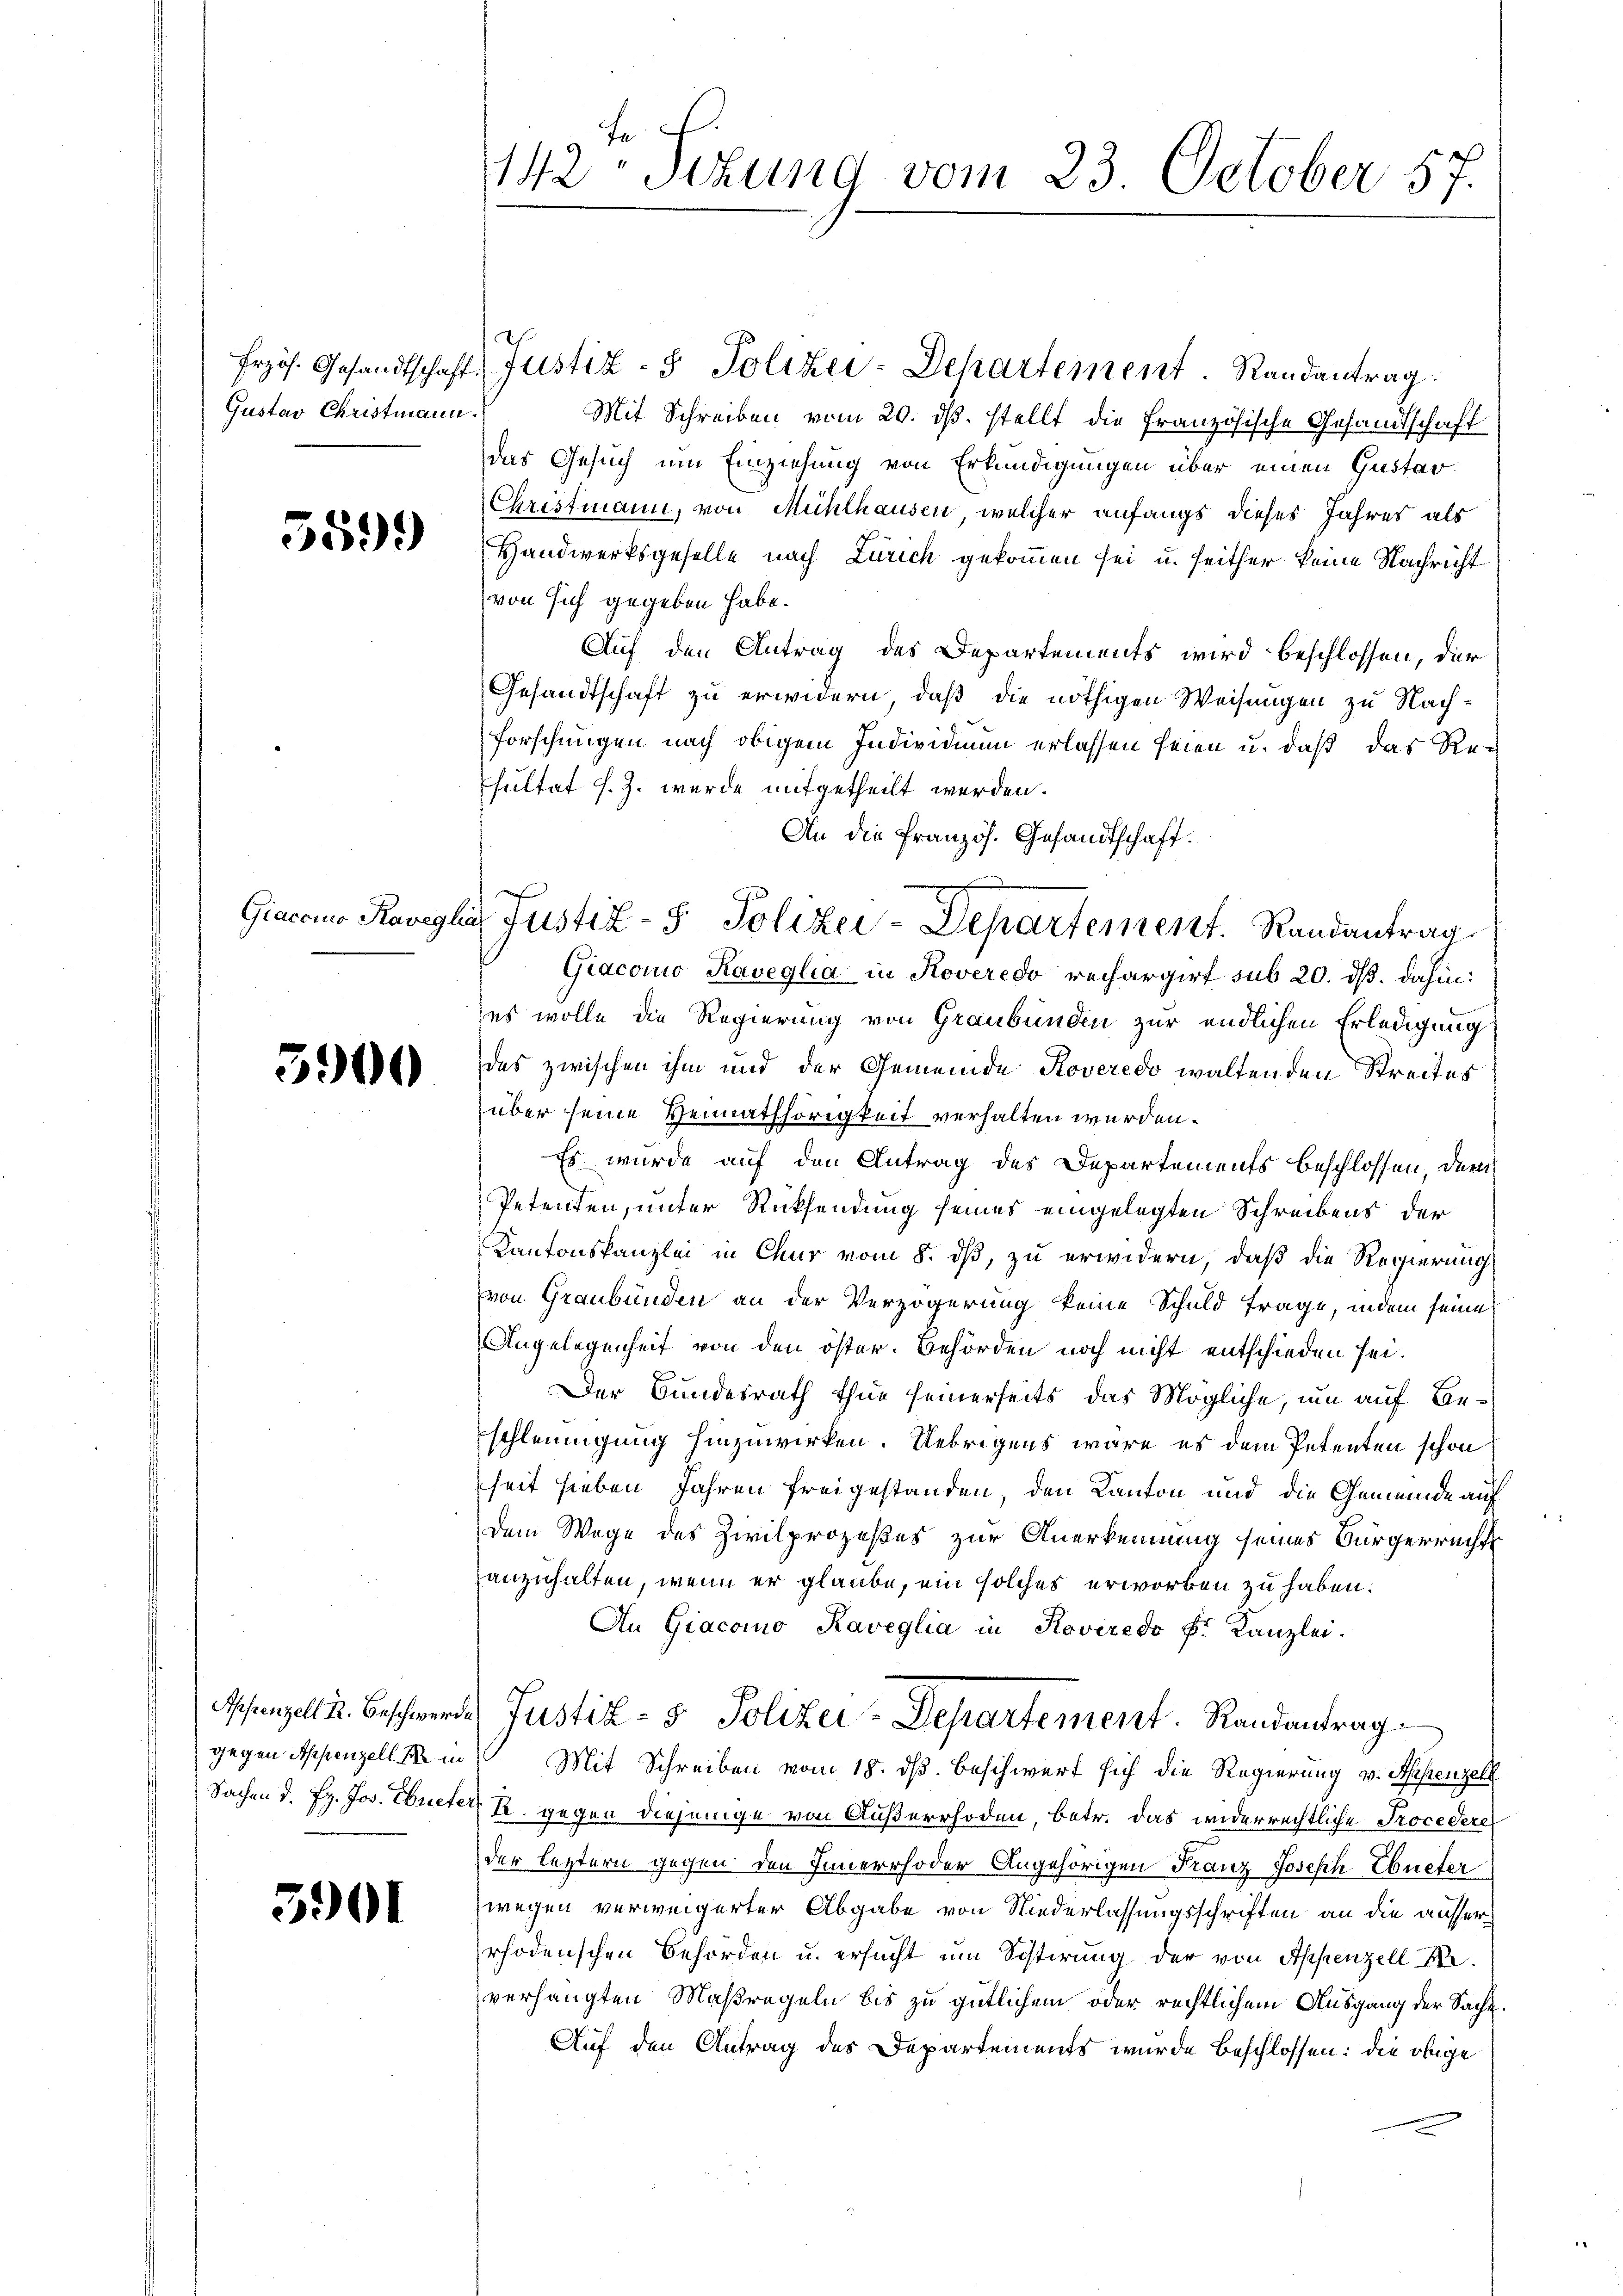
Erzös. Gesandtschaft
Gustav Christmann

5599

5900

Appenzell R. Beschwerd.
gegen Appenzell Se in
Sachen d. fr. Jos. Ebriefe

3901

142. Sizung vom 23. October 57.

Giacomo Kavegli austiz- & Polizei-Departement. Randantrag

Justiz- & Polizei-Departement Randantrag.
Mit Schreiben vom 20. dβ. stellt die französische Gesandtschaft
das Gesuch um Einziehung von Erkundigungen über einen Gustar
Christmann, von Mühlhausen, welcher anfangs dieses Jahres als
Handwerksgeselle nach Zürich gekommen sei u. seither keine Nachricht
von sich gegeben habe.
Auf den Antrag des Departements wird beschlossen, der
Gesandtschaft zu erwidern, daß die nöthigen Weisungen zu Nachforschungen nach obigem Individium erlassen seien u. daß das Re-
sultat s. Z. wurde mitgetheilt werden.
An die Französ. Gesandtschaft.
Giacono Kaveglia in Roveredo rechargirt sub 20. ds. dahin:
es wolle die Regierung von Graubünden zur endlichen Erledigung
des zwischen ihm und der Gemeinde Roveredo waltenden Streites
über seine Vermathörigkeit verhalten werden.
Es wurde auf den Antrag des Departements beschlossen, der
Petenten, unter Rücksendung seines eingelegten Schreibens der
Kantonskanzlei in Chur vom 8. dß, zu erwidern, daß die Regierung
von Graubünden an der Verzögerung keine Schuld frage, indem seine
Angelegenheit von den öster. Behörden noch nicht entschieden sei.
Der Bundesrath thue seinerseits das Mögliche, um auf Beschleinigung hinzuwirken. Uebrigens wäre es dem Petenten schon
seit sieben Jahren freigestanden, den Kanton und die Gemeinde auf
dem Wege des Zivilprozeßes zur Anerkennung seines Bürgerrechts
zanzuhalten, wenn er glaube, ein solches erworben zu haben.
An Giacomo Kaveglia in Roveredo Fr. Kanzlei.
Justiz- & Polizei-Departement. Randantrag
Mit Schreiben vom 18. ds. beschwert sich die Regierung v. Appenzell
2. gegen diejenige von Außerrhoden, betr. das widerrechtliche Procedere
der leztern gegen den Innerrhoder Angehörigen Franz Joseph Ebneter
wegen verweigerter Abgabe von Niederlassungsschriften an die aussers
rhodenschen Behörden u. ersucht um Sistirung der von Appenzell Be
verhängten Maßregeln bis zu gütlichem oder rechtlichem Ausgang der Sache.
Auf den Antrag des Departements wurde beschlossen: die obige